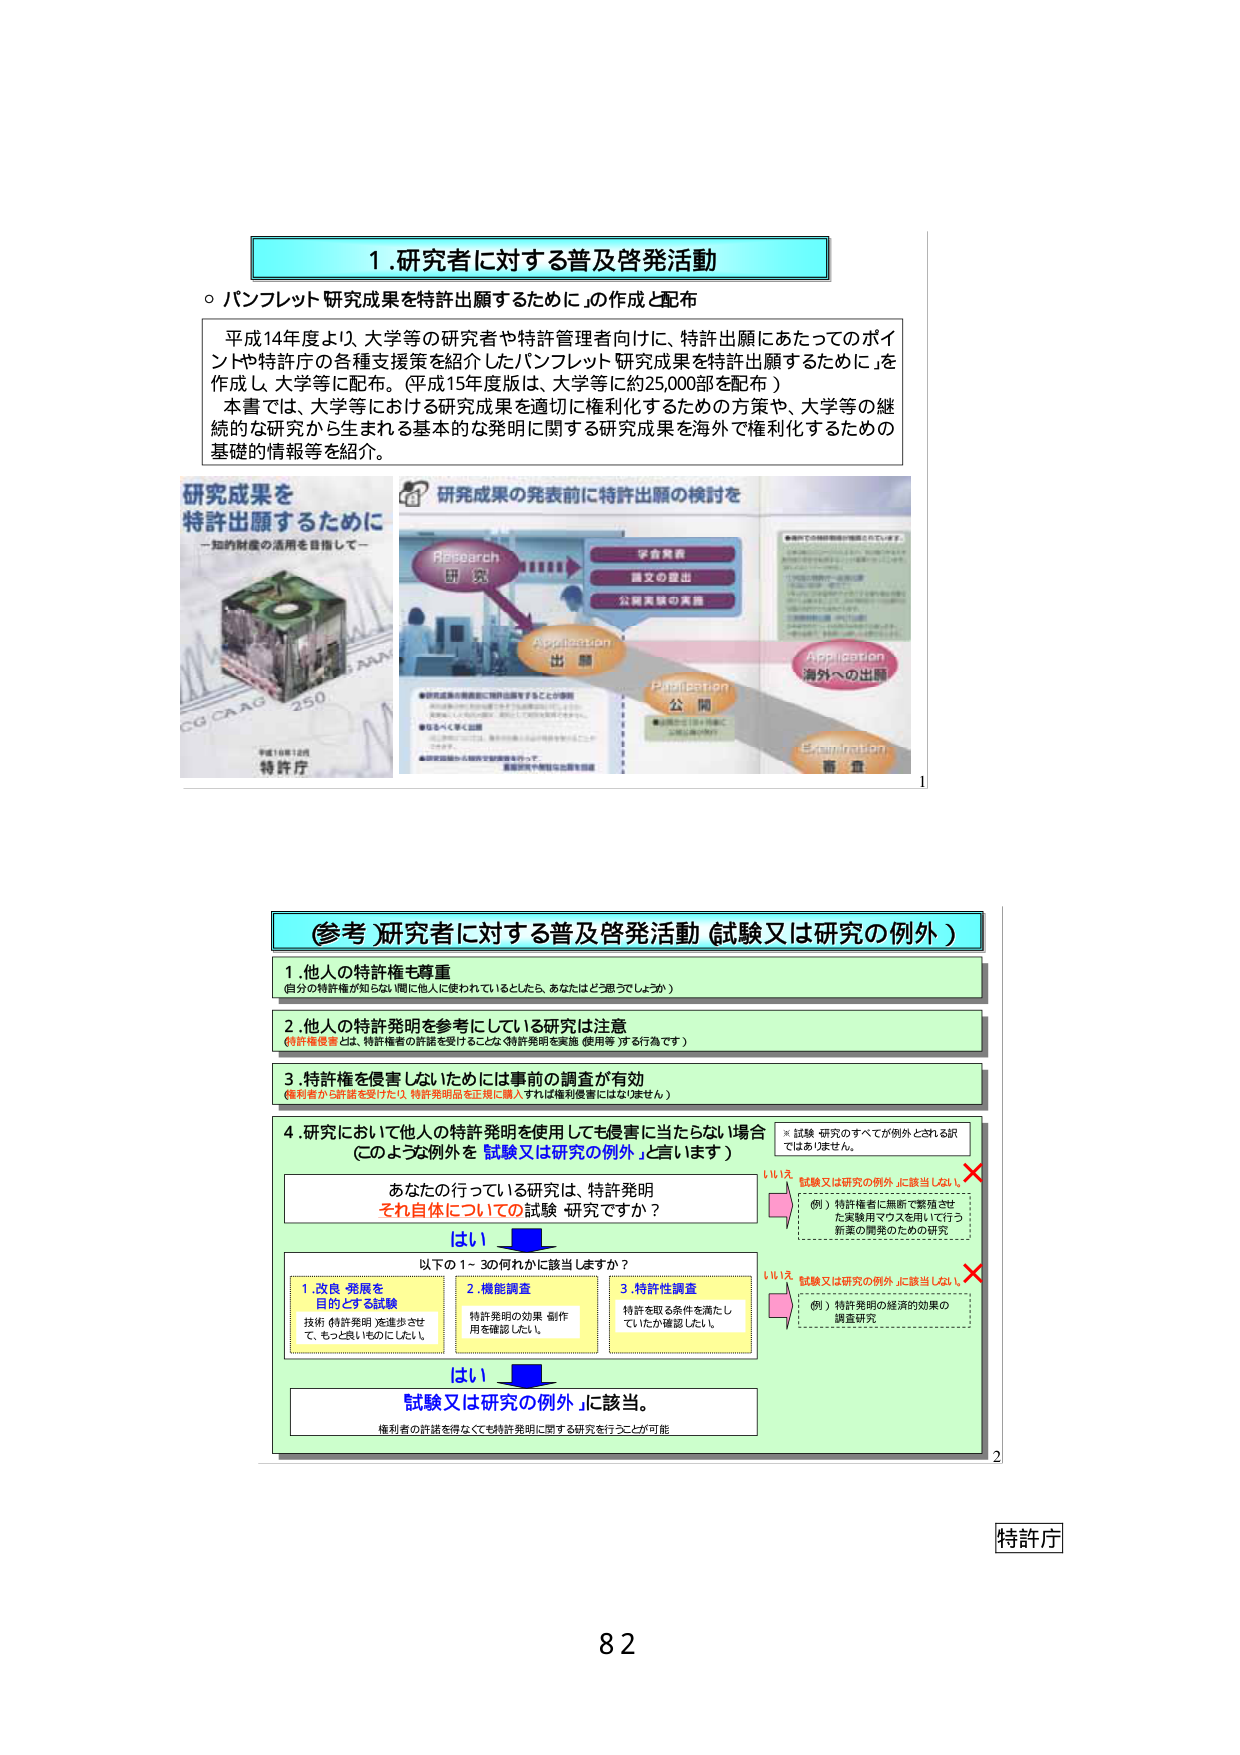
1.研究者に対する普及啓発活動
○ パンフレット「研究成果を特許出願するために」の作成と配布
平成14年度より、大学等の研究者や特許管理者向けに、特許出願にあたってのポイントや特許庁の各種支援策を紹介したパンフレット「研究成果を特許出願するために」を作成し、大学等に配布。（平成15年度版は、大学等に約25,000部を配布）
本書では、大学等における研究成果を適切に権利化するための方策や、大学等の継続的な研究から生まれる基本的な発明に関する研究成果を海外で権利化するための基礎的情報等を紹介。

研究成果を
特許出願するために
－知的財産の活用を目指して－
平成16年12月
特許庁
250
CG CAAG

研究の発表前に特許出願の検討を
Research
研究
Application
出願
Publication
公開
Application
海外への出願
Examination
審査
学会発表
論文の提出
公開実験の実施
●研究成果の発表前に特許出願をすることが重要
●特許出願の時期を誤ると、特許を取得できなくなる場合があります。
●知るべく早く出願
●出願後は、特許権の範囲を広げるための特許を取得し、
実用新案や意匠等の出願を検討

(参考)研究者に対する普及啓発活動（試験又は研究の例外）
1. 他人の特許権も尊重
（自分の特許権が知らないうちに他人に使われているとしたら、あなたはどう思うでしょうか）
2. 他人の特許発明を参考にしている研究は注意
（特許権侵害とは、特許権者の許諾を受けることなく特許発明を実施（使用等）する行為です）
3. 特許権を侵害しないためには事前の調査が有効
（権利者から許諾を受けたり、特許発明品を正規に購入すれば権利侵害にはなりません）
4. 研究において他人の特許発明を使用しても侵害に当たらない場合
（このような例外を「試験又は研究の例外」と言います）
あなたの行っている研究は、特許発明
それ自体についての試験・研究ですか？
はい
以下の1～3の何れかに該当しますか？
1. 改良・発展を
目的とする試験
技術（特許発明）を進歩させ
て、もっと良いものにしたい
2. 機能調査
特許発明の効果・副作用を確認したい
3. 特許性調査
特許を取る条件を満たしていたか確認したい
はい
「試験又は研究の例外」に該当。
権利者の許諾を得なくても特許発明に関する研究を行うことが可能
※ 試験・研究のすべてが例外とされる訳ではありません。
いいえ
「試験又は研究の例外」に該当しない
（例）特許権者に無断で繁殖させ
た実験用マウスを用いて行う
新薬の開発のための研究
いいえ
「試験又は研究の例外」に該当しない
（例）特許発明の経済的効果の
調査研究

特許庁
82